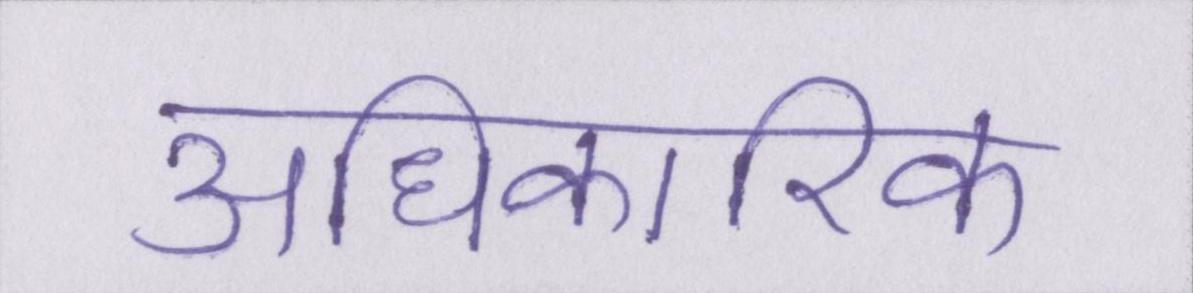
अधिकारिक